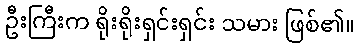
ဦးကြီးက ရိုးရိုးရှင်းရှင်း သမား ဖြစ်၏။